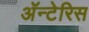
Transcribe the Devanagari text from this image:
अॅन्टेरिस